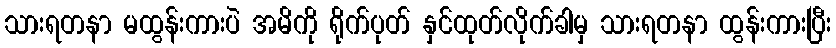
သားရတနာ မထွန်းကားပဲ အမိကို ရိုက်ပုတ် နှင်ထုတ်လိုက်ခါမှ သားရတနာ ထွန်းကားပြီး